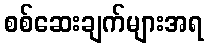
စစ်ဆေးချက်များအရ